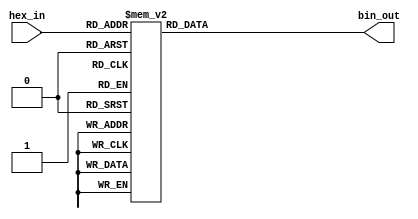
module hex_to_bin_encoder (
    input  wire [3:0] hex_in,  // 4-bit input for hexadecimal digit
    output reg  [3:0] bin_out   // 4-bit output for binary equivalent
);

    // Combinational logic to convert hex to binary
    always @(*) begin
        case (hex_in)
            4'b0000: bin_out = 4'b0000; // 0
            4'b0001: bin_out = 4'b0001; // 1
            4'b0010: bin_out = 4'b0010; // 2
            4'b0011: bin_out = 4'b0011; // 3
            4'b0100: bin_out = 4'b0100; // 4
            4'b0101: bin_out = 4'b0101; // 5
            4'b0110: bin_out = 4'b0110; // 6
            4'b0111: bin_out = 4'b0111; // 7
            4'b1000: bin_out = 4'b1000; // 8
            4'b1001: bin_out = 4'b1001; // 9
            4'b1010: bin_out = 4'b1010; // A (10)
            4'b1011: bin_out = 4'b1011; // B (11)
            4'b1100: bin_out = 4'b1100; // C (12)
            4'b1101: bin_out = 4'b1101; // D (13)
            4'b1110: bin_out = 4'b1110; // E (14)
            4'b1111: bin_out = 4'b1111; // F (15)
            default: bin_out = 4'b0000; // Default case (not necessary, but safe)
        endcase
    end

endmodule